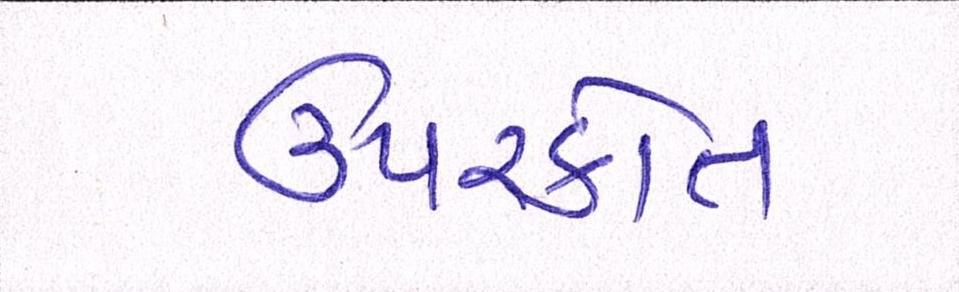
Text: ઉપરકોત